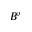
B ^ { \flat }